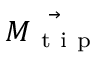
\Vec { M _ { \mathrm { ~ t ~ i ~ p ~ } } }